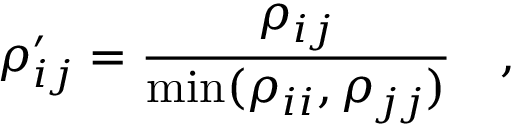
\rho _ { i j } ^ { \prime } = \frac { \rho _ { i j } } { \operatorname* { m i n } ( \rho _ { i i } , \rho _ { j j } ) } \quad ,